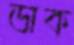
ডাক